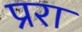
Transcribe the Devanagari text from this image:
प्ररा